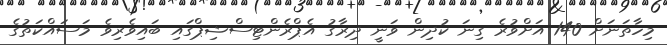
މިހާތަނަށް 140 އަށްވުރެ ގިނަ ކުދިން ވަނީ ދިރާގު އެޕްރެންޓިސްޝިޕްގައި ބައިވެރިވެ މަސައްކަތުގެ